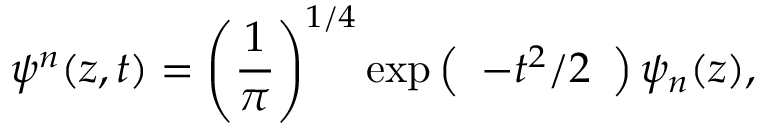
\psi ^ { n } ( z , t ) = \left( { \frac { 1 } { \pi } } \right) ^ { 1 / 4 } \exp \left( \begin{array} { l } { { - t ^ { 2 } / 2 } } \end{array} \right) \psi _ { n } ( z ) ,